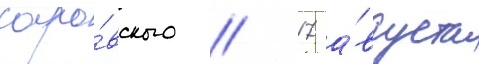
саро́вского // 17 а́вгуста